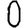
Digit: 0